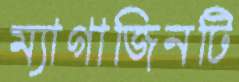
ম্যাগাজিনটি